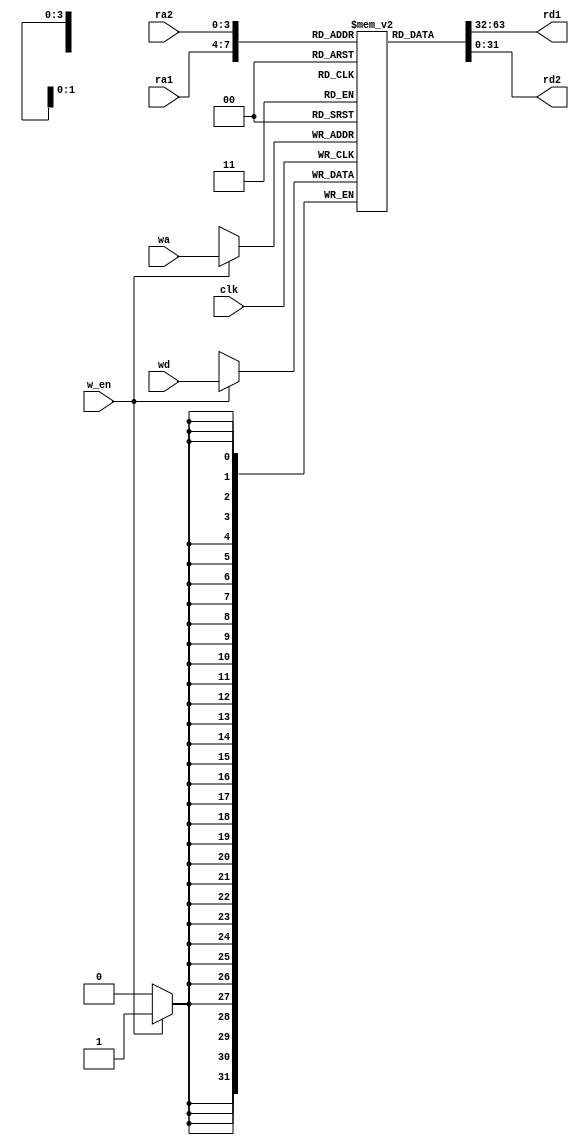
module regbank(input [3:0] ra1, output [31:0] rd1, 
               input [3:0] ra2, output [31:0] rd2,
               input clk, input w_en, 
               input [3:0] wa, input [31:0] wd);
 reg [31:0] r[15:0]; //  16  32 
 assign rd1 = r[ra1]; //  ra1 
 assign rd2 = r[ra2]; //  ra2 
 always @(posedge clk)
 begin
  if (w_en) // w_en=1 
    r[wa] <= wd; //  wd  wa 
 end
endmodule

module main;
reg [3:0] ra1, ra2, wa;
reg clk, w_en;
wire [31:0] rd1, rd2;
reg [31:0] wd;

regbank rb0(ra1, rd1, ra2, rd2, clk, w_en, wa, wd);

initial
begin
  wa = 0;
  ra1 = 0;
  ra2 = 0;
  wd = 0;
  clk = 0;
  w_en = 1;
end

initial #200 ra1 = 0;

always #50 begin
  clk = clk + 1;
  $monitor("%4dns monitor: ra1=%d rd1=%d ra2=%d rd2=%d wa=%d wd=%d", 
           $stime, ra1, rd1, ra2, rd2, wa, wd);
end

always #100 begin
  wa = wa + 1;
  wd = wd + 2;
  ra1 = ra1 + 1;
  ra2 = ra2 - 1;
end

initial #1000 $finish;

endmodule